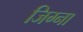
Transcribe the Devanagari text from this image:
जिग्ना